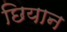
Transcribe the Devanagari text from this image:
छियान